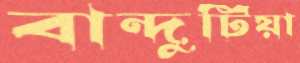
বান্দুটিয়া